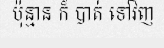
ប៉ុន្មាន ក៏ បាត់ ទៅវិញ